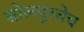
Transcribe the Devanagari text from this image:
सोलपूरचेच